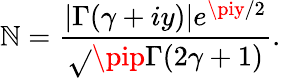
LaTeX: \mathbb{N}=\frac{{\left|\Gamma(\gamma+iy)\right|e^{\piy/2}}}{{\sqrt{}{{\pip}}\Gamma(2\gamma+1)}}.